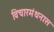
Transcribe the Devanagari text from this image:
विचारमंथनास